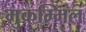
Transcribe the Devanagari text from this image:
मुकम्मिल